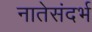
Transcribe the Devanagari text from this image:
नातेसंदर्भ